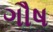
ગૌષ